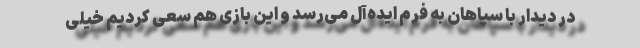
در دیدار با سپاهان به فرم ایده‌آل می‌رسد و این بازی هم سعی کردیم خیلی